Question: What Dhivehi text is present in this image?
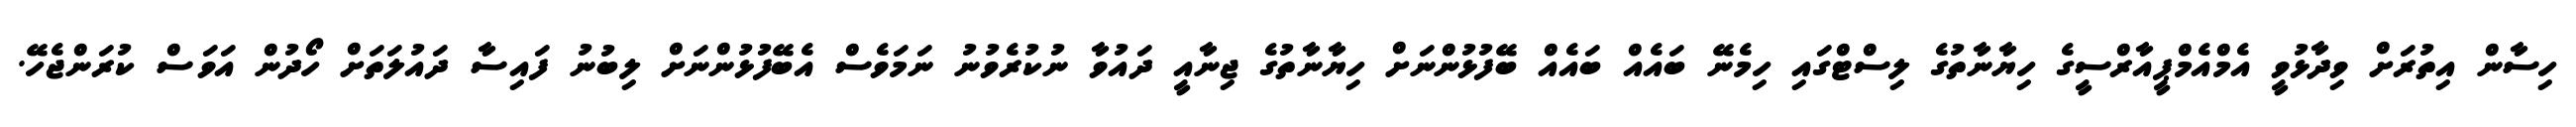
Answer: ހިސާން އިތުރަށް ވިދާޅުވީ އެމްއެމްޕީއާރްސީގެ ހިޔާނާތުގެ ލިސްޓްގައި ހިމެނޭ ބައެއް ބައެއް ބޭފުޅުންނަށް ހިޔާނާތުގެ ޖިނާއީ ދައުވާ ނުކުރެވުނު ނަމަވެސް އެބޭފުޅުންނަށް ލިބުނު ފައިސާ ދައުލަތަށް ހޯދުން އަވަސް ކުރަންޖެހޭ.